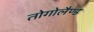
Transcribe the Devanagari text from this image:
तोगोलैण्ड